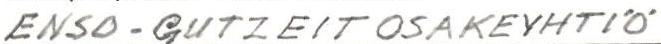
ENSO-GUTZEIT OSAKEYHTIÖ